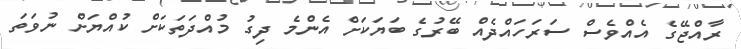
ރާއްޖޭގެ އެއްވެސް ސަރަހައްދެއް ބޭރުގެ ބަޔަކަށް އެންމެ ދިގު މުއްދަތަކަށް ކުއްޔަށް ނުވަތަ